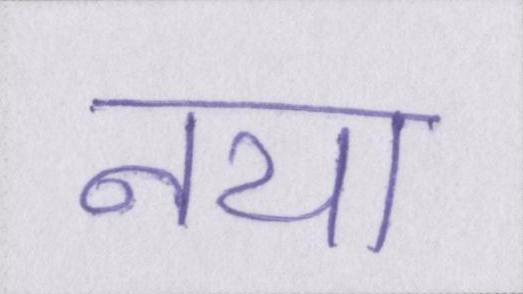
नया